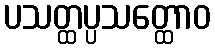
ပသတ္ထပ္ပသတ္ထောဝ